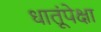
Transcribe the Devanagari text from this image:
धातूंपेक्षा